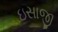
ઇસાજી